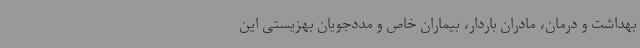
بهداشت و درمان، مادران باردار، بیماران خاص و مددجویان بهزیستی این